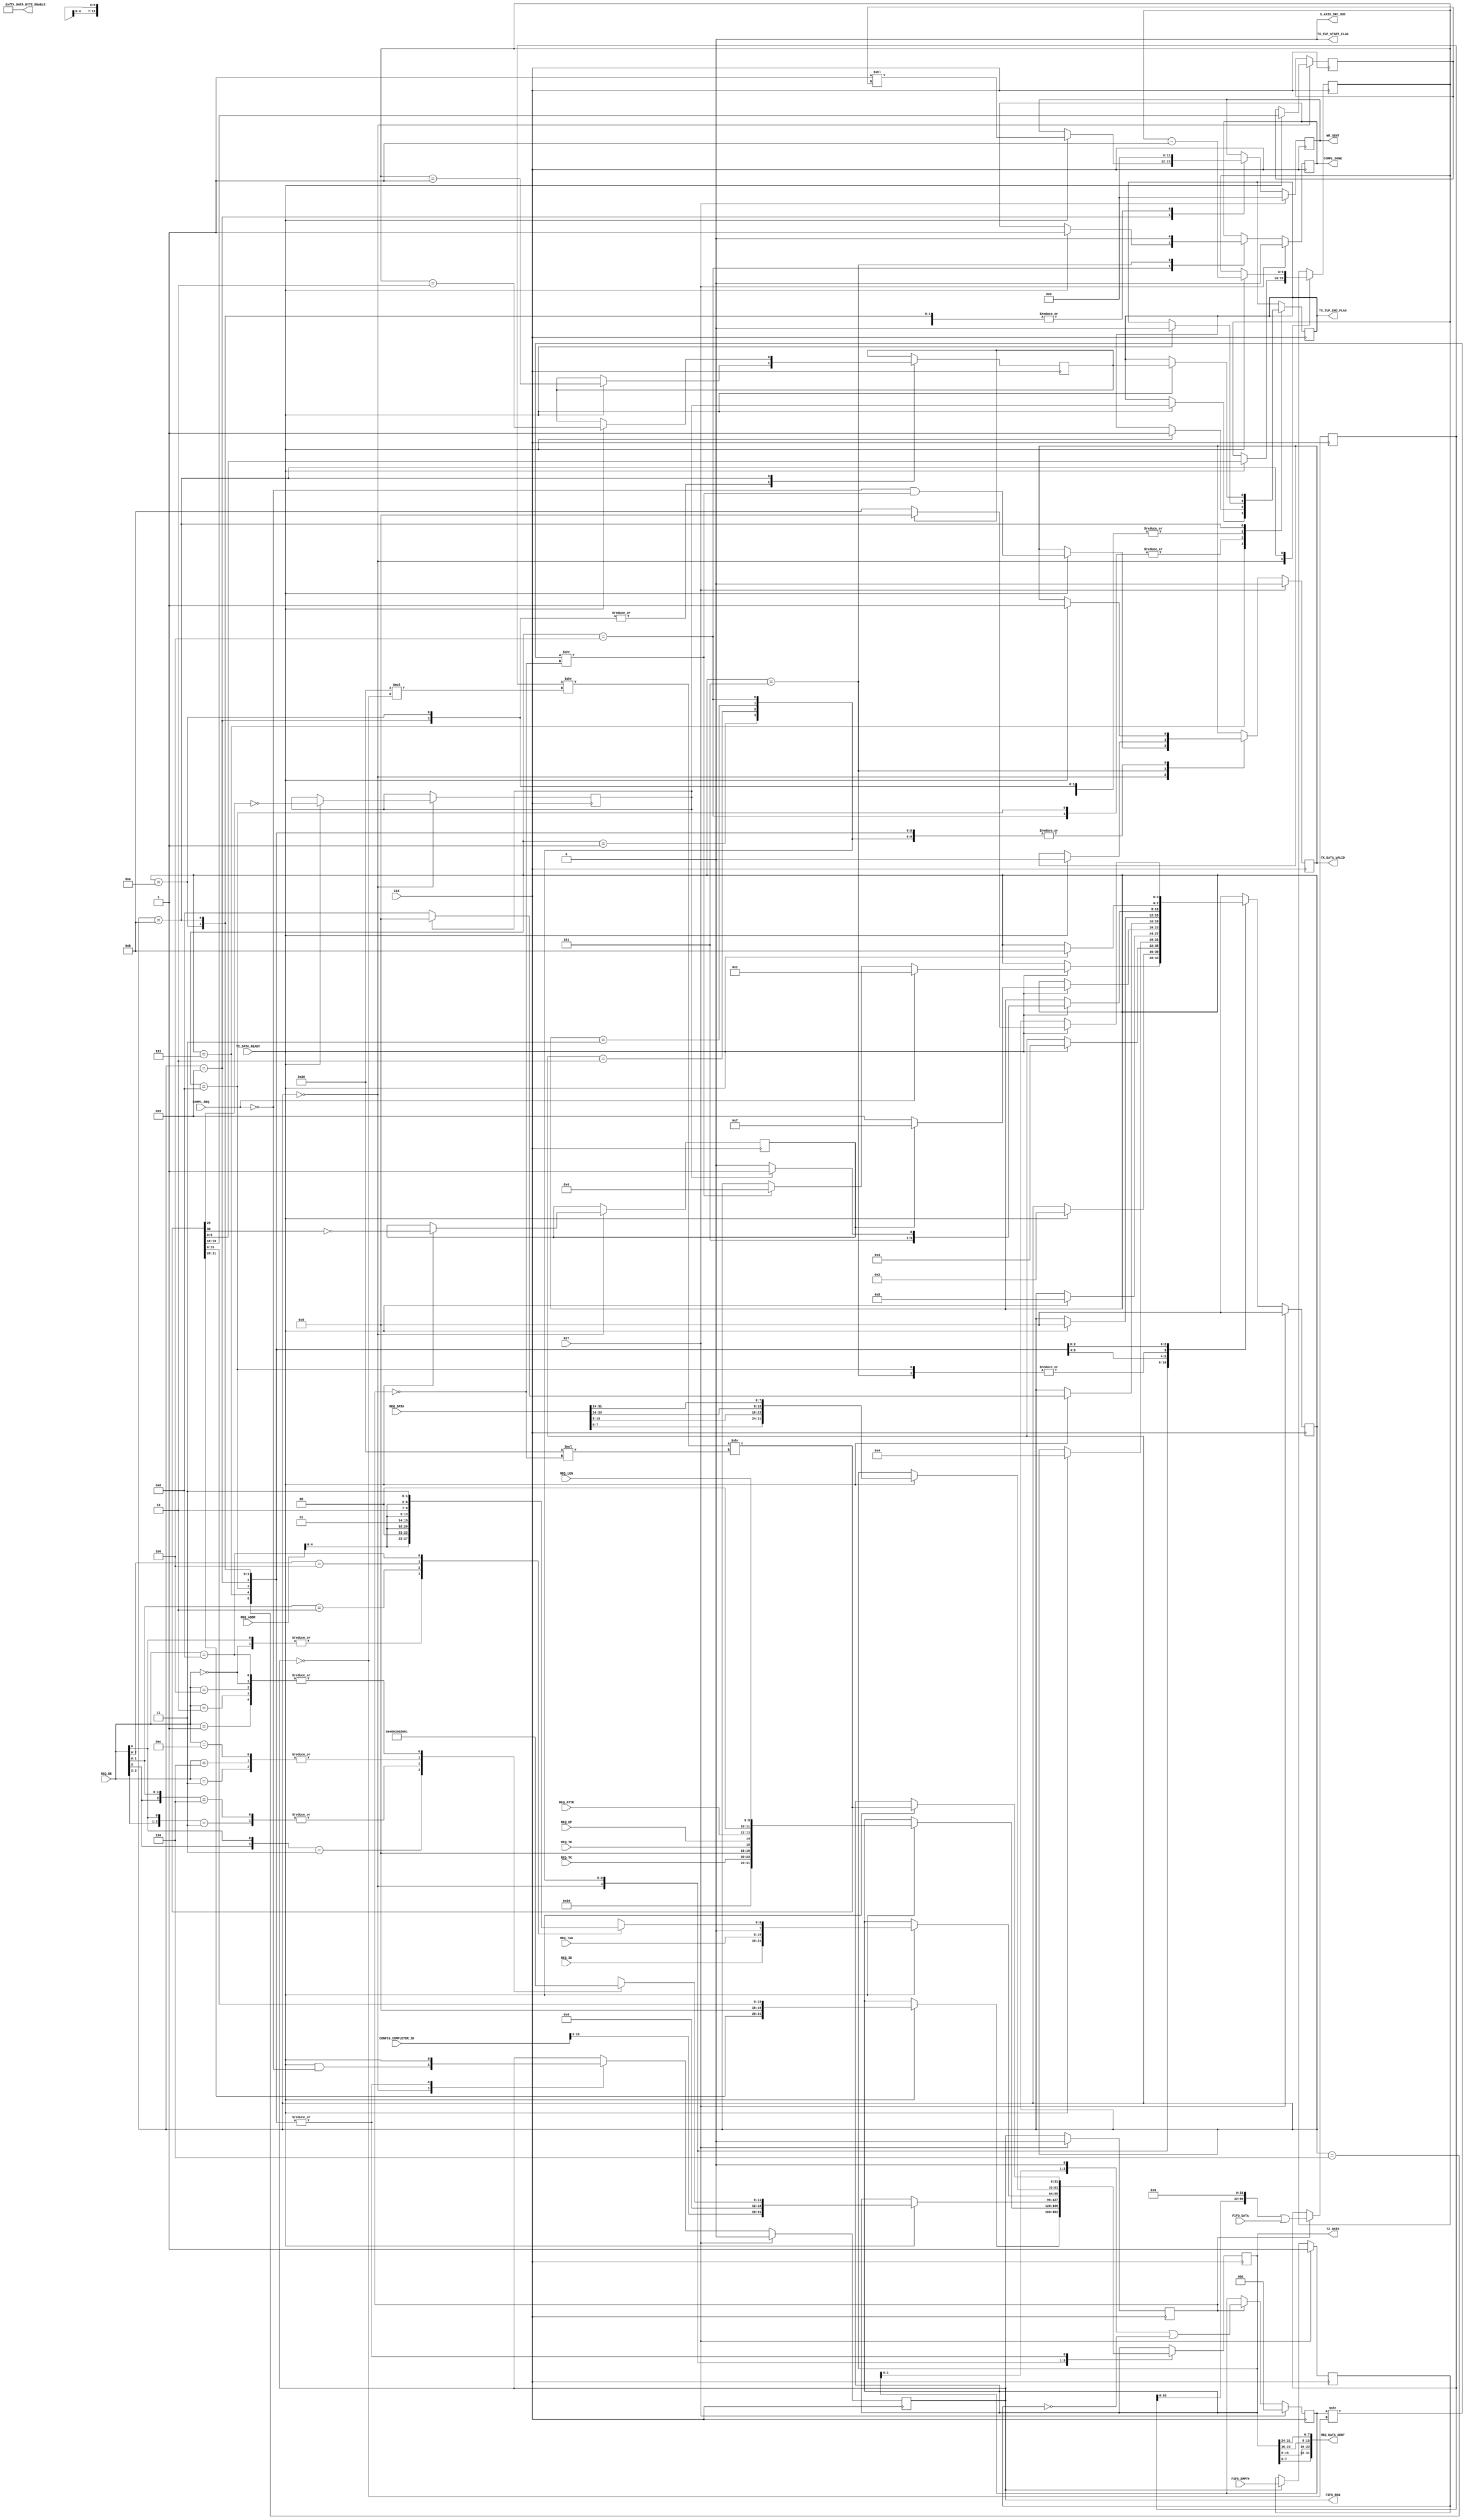
`timescale 1ns/1ns
//----------------------------------------------------------------------------
// This software is Copyright  2012 The Regents of the University of 
// California. All Rights Reserved.
//
// Permission to copy, modify, and distribute this software and its 
// documentation for educational, research and non-profit purposes, without 
// fee, and without a written agreement is hereby granted, provided that the 
// above copyright notice, this paragraph and the following three paragraphs 
// appear in all copies.
//
// Permission to make commercial use of this software may be obtained by 
// contacting:
// Technology Transfer Office
// 9500 Gilman Drive, Mail Code 0910
// University of California
// La Jolla, CA 92093-0910
// (858) 534-5815
// invent@ucsd.edu
// 
// This software program and documentation are copyrighted by The Regents of 
// the University of California. The software program and documentation are 
// supplied "as is", without any accompanying services from The Regents. The 
// Regents does not warrant that the operation of the program will be 
// uninterrupted or error-free. The end-user understands that the program was 
// developed for research purposes and is advised not to rely exclusively on 
// the program for any reason.
// 
// IN NO EVENT SHALL THE UNIVERSITY OF CALIFORNIA BE LIABLE TO
// ANY PARTY FOR DIRECT, INDIRECT, SPECIAL, INCIDENTAL, OR
// CONSEQUENTIAL DAMAGES, INCLUDING LOST PROFITS, ARISING
// OUT OF THE USE OF THIS SOFTWARE AND ITS DOCUMENTATION,
// EVEN IF THE UNIVERSITY OF CALIFORNIA HAS BEEN ADVISED OF
// THE POSSIBILITY OF SUCH DAMAGE. THE UNIVERSITY OF
// CALIFORNIA SPECIFICALLY DISCLAIMS ANY WARRANTIES,
// INCLUDING, BUT NOT LIMITED TO, THE IMPLIED WARRANTIES OF
// MERCHANTABILITY AND FITNESS FOR A PARTICULAR PURPOSE.
// THE SOFTWARE PROVIDED HEREUNDER IS ON AN "AS IS" BASIS, 
// AND THE UNIVERSITY OF CALIFORNIA HAS NO OBLIGATIONS TO
// PROVIDE MAINTENANCE, SUPPORT, UPDATES, ENHANCEMENTS, OR
// MODIFICATIONS.
//----------------------------------------------------------------------------
//----------------------------------------------------------------------------
// Version:				1.00.a
// Verilog Standard:	Verilog-2001
// Description:			Transmit engine for completion requests and pre-formatted
// PCIe read/write data. Muxes traffic for the AXI interface on the Xilinx PCIe 
// Endpoint core.
// History:				@mattj: Version 2.0
// Additional Comments: Very good PCIe header reference:
// http://www.pzk-agro.com/0321156307_ch04lev1sec5.html#ch04lev4sec14
// Also byte swap each payload word due to Xilinx incorrect mapping, see
// http://forums.xilinx.com/t5/PCI-Express/PCI-Express-payload-required-to-be-Big-Endian-by-specification/td-p/285551
//-----------------------------------------------------------------------------
`define FMT_TXENGLWR32_CPLD		7'b10_01010

`define S_TXENGLWR32_IDLE		4'd0
`define S_TXENGLWR32_CPLD_0		4'd1
`define S_TXENGLWR32_CPLD_1		4'd2
`define S_TXENGLWR32_CPLD_2		4'd3
`define S_TXENGLWR32_CPLD_3		4'd4
`define S_TXENGLWR32_CPLD_4		4'd5
`define S_TXENGLWR32_MEM_0		4'd6
`define S_TXENGLWR32_RD_0		4'd7
`define S_TXENGLWR32_RD_1		4'd8
`define S_TXENGLWR32_WR_0		4'd9
`define S_TXENGLWR32_WR_1		4'd10
`define S_TXENGLWR32_WR_2		4'd11

module tx_engine_lower_32 #(
	parameter C_PCI_DATA_WIDTH = 9'd32,
	parameter C_NUM_CHNL = 4'd12
)
(
	input CLK,
	input RST,

	input [15:0] CONFIG_COMPLETER_ID,

	output [C_PCI_DATA_WIDTH-1:0] TX_DATA,				// AXI data output 
	output [(C_PCI_DATA_WIDTH/8)-1:0] TX_DATA_BYTE_ENABLE,	// AXI data keep
	output TX_TLP_END_FLAG,								// AXI data last
    output TX_TLP_START_FLAG,                           // AXI data start
	output TX_DATA_VALID,								// AXI data valid
	output S_AXIS_SRC_DSC,								// AXI data discontinue
	input TX_DATA_READY,								// AXI ready for data

	input COMPL_REQ,									// RX Engine request for completion
	output COMPL_DONE,									// Completion done
	input [2:0] REQ_TC,
	input REQ_TD,
	input REQ_EP,
	input [1:0] REQ_ATTR,
	input [9:0] REQ_LEN,
	input [15:0] REQ_ID,
	input [7:0] REQ_TAG,
	input [3:0] REQ_BE,
	input [29:0] REQ_ADDR,
	input [31:0] REQ_DATA,
	output [31:0] REQ_DATA_SENT,						// Actual completion data sent

	input [C_PCI_DATA_WIDTH-1:0] FIFO_DATA,		 		// Read/Write FIFO requests + data
	input FIFO_EMPTY, 									// Read/Write FIFO is empty
	output FIFO_REN, 									// Read/Write FIFO read enable
	output [C_NUM_CHNL-1:0] WR_SENT 					// Pulsed at channel pos when write request sent
);


reg		[11:0]						rByteCount=0;
reg		[6:0]						rLowerAddr=0;

reg									rFifoRen=0, _rFifoRen=0;
reg									rFifoRenIssued=0, _rFifoRenIssued=0;
reg									rFifoDataEmpty=1, _rFifoDataEmpty=1;
reg		[2:0]						rFifoDataValid=0, _rFifoDataValid=0;
reg		[(3*C_PCI_DATA_WIDTH)-1:0]	rFifoData={3*C_PCI_DATA_WIDTH{1'd0}}, _rFifoData={3*C_PCI_DATA_WIDTH{1'd0}};
wire	[C_PCI_DATA_WIDTH-1:0]		wFifoData = (rFifoData>>(C_PCI_DATA_WIDTH*(!rFifoRen)))>>(C_PCI_DATA_WIDTH*(!rFifoRenIssued));
wire								wFifoDataValid = (rFifoDataValid>>(!rFifoRen))>>(!rFifoRenIssued);


reg		[3:0]						rState=`S_TXENGLWR32_IDLE, _rState=`S_TXENGLWR32_IDLE;
reg									rComplDone=0, _rComplDone=0;
reg									rValid=0, _rValid=0;
reg		[C_PCI_DATA_WIDTH-1:0]		rData={C_PCI_DATA_WIDTH{1'd0}}, _rData={C_PCI_DATA_WIDTH{1'd0}};
reg									rLast=0, _rLast=0;
reg		[C_NUM_CHNL-1:0]			rDone=0, _rDone=0;
reg		[9:0]						rLen=0, _rLen=0;
reg		[3:0]						rChnl=0, _rChnl=0;
reg									r3DW=0, _r3DW=0;
reg									rRNW=0, _rRNW=0;
reg									rIsLast=0, _rIsLast=0;


assign TX_DATA = rData;
assign TX_DATA_BYTE_ENABLE = {4'hF};
assign TX_TLP_END_FLAG = rLast;
assign TX_TLP_START_FLAG = 1'b0;
assign TX_DATA_VALID = rValid;
assign S_AXIS_SRC_DSC = 1'b0;

assign COMPL_DONE = rComplDone;
assign REQ_DATA_SENT = {rData[7:0], rData[15:8], rData[23:16], rData[31:24]};

assign FIFO_REN = rFifoRen;
assign WR_SENT = rDone;


// Calculate byte count based on byte enable
always @ (REQ_BE) begin
	casex (REQ_BE)
	4'b1xx1 : rByteCount = 12'h004;
	4'b01x1 : rByteCount = 12'h003;
	4'b1x10 : rByteCount = 12'h003;
	4'b0011 : rByteCount = 12'h002;
	4'b0110 : rByteCount = 12'h002;
	4'b1100 : rByteCount = 12'h002;
	4'b0001 : rByteCount = 12'h001;
	4'b0010 : rByteCount = 12'h001;
	4'b0100 : rByteCount = 12'h001;
	4'b1000 : rByteCount = 12'h001;
	4'b0000 : rByteCount = 12'h001;
	endcase
end


// Calculate lower address based on byte enable
always @ (REQ_BE or REQ_ADDR) begin
	casex (REQ_BE)
	4'b0000 : rLowerAddr = {REQ_ADDR[4:0], 2'b00};
	4'bxxx1 : rLowerAddr = {REQ_ADDR[4:0], 2'b00};
	4'bxx10 : rLowerAddr = {REQ_ADDR[4:0], 2'b01};
	4'bx100 : rLowerAddr = {REQ_ADDR[4:0], 2'b10};
	4'b1000 : rLowerAddr = {REQ_ADDR[4:0], 2'b11};
	endcase
end


// Read in the pre-formatted PCIe data.
always @ (posedge CLK) begin
	rFifoRenIssued <= #1 (RST ? 1'd0 : _rFifoRenIssued);
	rFifoDataValid <= #1 (RST ? 1'd0 : _rFifoDataValid);
	rFifoDataEmpty <= #1 (RST ? 1'd1 : _rFifoDataEmpty);
	rFifoData <= #1 _rFifoData;
end

always @ (*) begin
	_rFifoRenIssued = rFifoRen;
	_rFifoDataEmpty = (rFifoRen ? FIFO_EMPTY : rFifoDataEmpty);

	if (rFifoRenIssued) begin
		_rFifoData = ((rFifoData<<(C_PCI_DATA_WIDTH)) | FIFO_DATA);
		_rFifoDataValid = ((rFifoDataValid<<1) | (!rFifoDataEmpty));
	end
	else begin
		_rFifoData = rFifoData;
		_rFifoDataValid = rFifoDataValid;
	end
end


// Multiplex completion requests and read/write pre-formatted PCIe data onto
// the AXI PCIe Endpoint interface. Remember that TX_DATA_READY may drop at
// *any* time during transmission. So be sure to buffer enough data to 
// accommodate starts and stops.
always @ (posedge CLK) begin
	rState <= #1 (RST ? `S_TXENGLWR32_IDLE : _rState);
	rComplDone <= #1 (RST ? 1'd0 : _rComplDone);
	rValid <= #1 (RST ? 1'd0 : _rValid);
	rFifoRen <= #1 (RST ? 1'd0 : _rFifoRen);
	rDone <= #1 (RST ? {C_NUM_CHNL{1'd0}} : _rDone);
	rData <= #1 _rData;
	rLast <= #1 _rLast;
	rChnl <= #1 _rChnl;
	r3DW <= #1 _r3DW;
	rRNW <= #1 _rRNW;
	rLen <= #1 _rLen;
	rIsLast <= #1 _rIsLast;
end

always @ (*) begin
	_rState = rState;
	_rComplDone = rComplDone;
	_rValid = rValid;
	_rFifoRen = rFifoRen;
	_rData = rData;
	_rLast = rLast;
	_rChnl = rChnl;
	_rDone = rDone;
	_r3DW = r3DW;
	_rRNW = rRNW;
	_rLen = rLen;
	_rIsLast = rIsLast;
	
	case (rState) 

	`S_TXENGLWR32_IDLE : begin
		_rFifoRen = (TX_DATA_READY & !COMPL_REQ);
		_rDone = 0;
		if (TX_DATA_READY) begin // Check for throttling
			_rData = {wFifoData[31:20], 4'd0, wFifoData[15:0]}; // Revert the reserved 4 bits back to 0.
			_rValid = (!COMPL_REQ & wFifoDataValid);
			_rLast = 0;
			_rChnl = wFifoData[19:16]; // CHNL buried in header
			_r3DW = !wFifoData[29]; // !64 bit
			_rRNW = !wFifoData[30]; // !Write TLP
			_rLen = wFifoData[9:0]; // LEN
			if (COMPL_REQ) // PIO read completions
				_rState = `S_TXENGLWR32_CPLD_0;
			else if (wFifoDataValid) // Read FIFO data if it's ready
				_rState = `S_TXENGLWR32_MEM_0;
		end
	end

	`S_TXENGLWR32_CPLD_0 : begin
		if (TX_DATA_READY) begin // Check for throttling
			_rValid = 1;
			_rLast = 0;
			_rData = {1'b0, `FMT_TXENGLWR32_CPLD, 1'b0, REQ_TC, 4'b0, REQ_TD,
						REQ_EP, REQ_ATTR, 2'b0, REQ_LEN};
			_rState = `S_TXENGLWR32_CPLD_1;
		end
	end

	`S_TXENGLWR32_CPLD_1 : begin
		if (TX_DATA_READY) begin // Check for throttling
			_rValid = 1;
			_rLast = 0;
			_rData = {CONFIG_COMPLETER_ID[15:3], 3'b0, 3'b0, 1'b0, rByteCount};
			_rState = `S_TXENGLWR32_CPLD_2;
		end
	end

	`S_TXENGLWR32_CPLD_2 : begin
		if (TX_DATA_READY) begin // Check for throttling
			_rValid = 1;
			_rLast = 0;
			_rData = {REQ_ID, REQ_TAG, 1'b0, rLowerAddr};
			_rState = `S_TXENGLWR32_CPLD_3;
		end
	end

	`S_TXENGLWR32_CPLD_3 : begin
		if (TX_DATA_READY) begin // Check for throttling
			_rComplDone = 1;
			_rValid = 1;
			_rLast = 1;
			_rData = {REQ_DATA[7:0], REQ_DATA[15:8], REQ_DATA[23:16], REQ_DATA[31:24]};
			_rState = `S_TXENGLWR32_CPLD_4;
		end
	end

	`S_TXENGLWR32_CPLD_4 : begin
		// Just wait a cycle for the COMP_REQ to drop.
		_rComplDone = 0;
		if (TX_DATA_READY) begin // Check for throttling
			_rValid = 0;
			_rState = `S_TXENGLWR32_IDLE;
		end
	end

	`S_TXENGLWR32_MEM_0 : begin
		_rFifoRen = TX_DATA_READY;
		if (TX_DATA_READY) begin // Check for throttling
			_rData = wFifoData;
			_rValid = 1;
			_rLast = 0;
			_rState = (rRNW ? `S_TXENGLWR32_RD_0 : `S_TXENGLWR32_WR_0);
		end
	end

	`S_TXENGLWR32_RD_0 : begin
		_rFifoRen = TX_DATA_READY;
		if (TX_DATA_READY) begin // Check for throttling
			_rData = wFifoData;
			_rValid = 1;
			_rLast = r3DW;
			_rState = (r3DW ? `S_TXENGLWR32_IDLE : `S_TXENGLWR32_RD_1);
		end
	end

	`S_TXENGLWR32_RD_1 : begin
		_rFifoRen = TX_DATA_READY;
		if (TX_DATA_READY) begin // Check for throttling
			_rData = wFifoData;
			_rValid = 1;
			_rLast = 1;
			_rState = `S_TXENGLWR32_IDLE;
		end
	end
	
	`S_TXENGLWR32_WR_0 : begin
		_rFifoRen = TX_DATA_READY;
		if (TX_DATA_READY) begin // Check for throttling
			_rDone = (1'd1<<rChnl);
			_rData = wFifoData;
			_rValid = 1;
			_rLast = 0;
			_rIsLast = (rLen == 1'd1);
			_rState = (r3DW ? `S_TXENGLWR32_WR_2 : `S_TXENGLWR32_WR_1);
		end
	end

	`S_TXENGLWR32_WR_1 : begin
		_rFifoRen = TX_DATA_READY;
		_rDone = 0;
		if (TX_DATA_READY) begin // Check for throttling
			_rData = wFifoData;
			_rValid = 1;
			_rLast = 0;
			_rIsLast = (rLen == 1'd1);
			_rState = `S_TXENGLWR32_WR_2;
		end
	end

	`S_TXENGLWR32_WR_2 : begin
		_rFifoRen = TX_DATA_READY;
		_rDone = 0;
		if (TX_DATA_READY) begin // Check for throttling
			_rData = wFifoData;
			_rValid = 1;
			_rLast = rIsLast;
			_rLen = rLen - 1'd1;
			_rIsLast = (rLen == 2'd2);
			_rState = (rIsLast ? `S_TXENGLWR32_IDLE : `S_TXENGLWR32_WR_2);
		end
	end
	
	default : begin
		_rState = `S_TXENGLWR32_IDLE;
	end

	endcase
end



endmodule